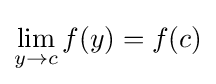
\lim _{y\to c}f(y)=f(c)